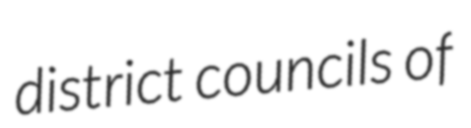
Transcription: district councils of